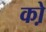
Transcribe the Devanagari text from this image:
को़